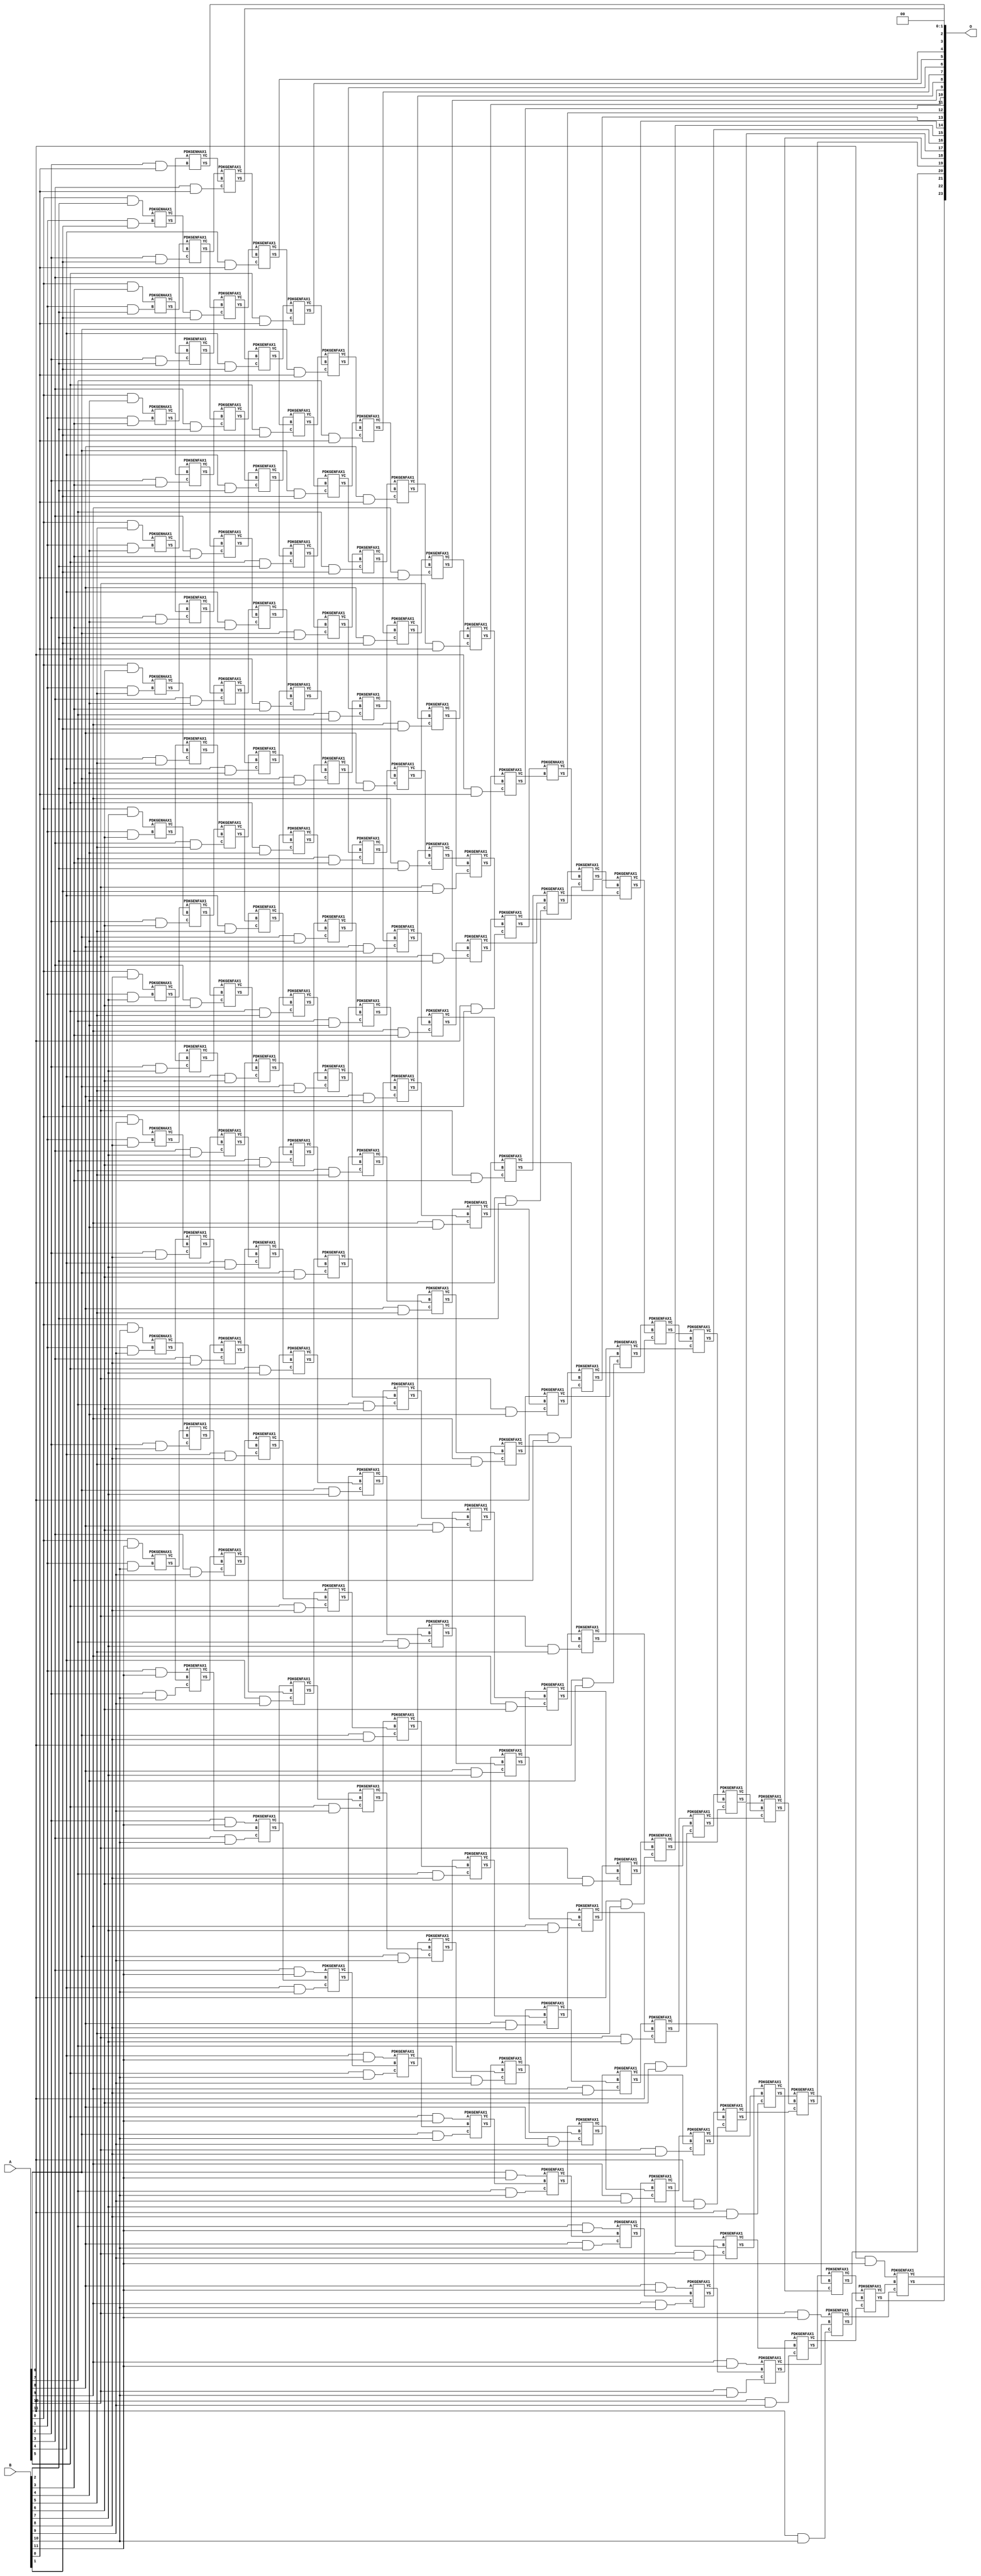
// This program was cloned from: https://github.com/ehw-fit/evoapproxlib
// License: MIT License

/***
* This code is a part of EvoApproxLib library (ehw.fit.vutbr.cz/approxlib) distributed under The MIT License.
* When used, please cite the following article(s): V. Mrazek, Z. Vasicek, L. Sekanina, H. Jiang and J. Han, "Scalable Construction of Approximate Multipliers With Formally Guaranteed Worst Case Error" in IEEE Transactions on Very Large Scale Integration (VLSI) Systems, vol. 26, no. 11, pp. 2572-2576, Nov. 2018. doi: 10.1109/TVLSI.2018.2856362 
* This file contains a circuit from a sub-set of pareto optimal circuits with respect to the pwr and mae parameters
***/
// MAE% = 0.0000075 %
// MAE = 1.2 
// WCE% = 0.00003 %
// WCE = 5.0 
// WCRE% = 100.00 %
// EP% = 50.00 %
// MRE% = 0.00062 %
// MSE = 3.8 
// PDK45_PWR = 1.152 mW
// PDK45_AREA = 1584.8 um2
// PDK45_DELAY = 2.28 ns


module mul12u_2EC ( A, B, O );
  input [11:0] A;
  input [11:0] B;
  output [23:0] O;

  wire C_10_0,C_10_1,C_10_10,C_10_2,C_10_3,C_10_4,C_10_5,C_10_6,C_10_7,C_10_8,C_10_9,C_11_0,C_11_1,C_11_10,C_11_2,C_11_3,C_11_4,C_11_5,C_11_6,C_11_7,C_11_8,C_11_9,C_12_0,C_12_1,C_12_10,C_12_2,C_12_3,C_12_4,C_12_5,C_12_6,C_12_7,C_12_8,C_12_9,C_1_1,C_1_10,C_1_2,C_1_3,C_1_4,C_1_5,C_1_6,C_1_7,C_1_8,C_1_9,C_2_0,C_2_1,C_2_10,C_2_2,C_2_3,C_2_4,C_2_5,C_2_6,C_2_7,C_2_8,C_2_9,C_3_0,C_3_1,C_3_10,C_3_2,C_3_3,C_3_4,C_3_5,C_3_6,C_3_7,C_3_8,C_3_9,C_4_0,C_4_1,C_4_10,C_4_2,C_4_3,C_4_4,C_4_5,C_4_6,C_4_7,C_4_8,C_4_9,C_5_0,C_5_1,C_5_10,C_5_2,C_5_3,C_5_4,C_5_5,C_5_6,C_5_7,C_5_8,C_5_9,C_6_0,C_6_1,C_6_10,C_6_2,C_6_3,C_6_4,C_6_5,C_6_6,C_6_7,C_6_8,C_6_9,C_7_0,C_7_1,C_7_10,C_7_2,C_7_3,C_7_4,C_7_5,C_7_6,C_7_7,C_7_8,C_7_9,C_8_0,C_8_1,C_8_10,C_8_2,C_8_3,C_8_4,C_8_5,C_8_6,C_8_7,C_8_8,C_8_9,C_9_0,C_9_1,C_9_10,C_9_2,C_9_3,C_9_4,C_9_5,C_9_6,C_9_7,C_9_8,C_9_9,S_0_10,S_0_11,S_0_2,S_0_3,S_0_4,S_0_5,S_0_6,S_0_7,S_0_8,S_0_9,S_10_0,S_10_1,S_10_10,S_10_11,S_10_2,S_10_3,S_10_4,S_10_5,S_10_6,S_10_7,S_10_8,S_10_9,S_11_0,S_11_1,S_11_10,S_11_11,S_11_2,S_11_3,S_11_4,S_11_5,S_11_6,S_11_7,S_11_8,S_11_9,S_12_0,S_12_1,S_12_10,S_12_11,S_12_2,S_12_3,S_12_4,S_12_5,S_12_6,S_12_7,S_12_8,S_12_9,S_1_1,S_1_10,S_1_11,S_1_2,S_1_3,S_1_4,S_1_5,S_1_6,S_1_7,S_1_8,S_1_9,S_2_0,S_2_1,S_2_10,S_2_11,S_2_2,S_2_3,S_2_4,S_2_5,S_2_6,S_2_7,S_2_8,S_2_9,S_3_0,S_3_1,S_3_10,S_3_11,S_3_2,S_3_3,S_3_4,S_3_5,S_3_6,S_3_7,S_3_8,S_3_9,S_4_0,S_4_1,S_4_10,S_4_11,S_4_2,S_4_3,S_4_4,S_4_5,S_4_6,S_4_7,S_4_8,S_4_9,S_5_0,S_5_1,S_5_10,S_5_11,S_5_2,S_5_3,S_5_4,S_5_5,S_5_6,S_5_7,S_5_8,S_5_9,S_6_0,S_6_1,S_6_10,S_6_11,S_6_2,S_6_3,S_6_4,S_6_5,S_6_6,S_6_7,S_6_8,S_6_9,S_7_0,S_7_1,S_7_10,S_7_11,S_7_2,S_7_3,S_7_4,S_7_5,S_7_6,S_7_7,S_7_8,S_7_9,S_8_0,S_8_1,S_8_10,S_8_11,S_8_2,S_8_3,S_8_4,S_8_5,S_8_6,S_8_7,S_8_8,S_8_9,S_9_0,S_9_1,S_9_10,S_9_11,S_9_2,S_9_3,S_9_4,S_9_5,S_9_6,S_9_7,S_9_8,S_9_9;

  assign S_0_2 = (A[0] & B[2]);
  assign S_0_3 = (A[0] & B[3]);
  assign S_0_4 = (A[0] & B[4]);
  assign S_0_5 = (A[0] & B[5]);
  assign S_0_6 = (A[0] & B[6]);
  assign S_0_7 = (A[0] & B[7]);
  assign S_0_8 = (A[0] & B[8]);
  assign S_0_9 = (A[0] & B[9]);
  assign S_0_10 = (A[0] & B[10]);
  assign S_0_11 = (A[0] & B[11]);
  PDKGENHAX1 U12734 (.A(S_0_2), .B((A[1] & B[1])), .YS(S_1_1), .YC(C_1_1));
  PDKGENHAX1 U12735 (.A(S_0_3), .B((A[1] & B[2])), .YS(S_1_2), .YC(C_1_2));
  PDKGENHAX1 U12736 (.A(S_0_4), .B((A[1] & B[3])), .YS(S_1_3), .YC(C_1_3));
  PDKGENHAX1 U12737 (.A(S_0_5), .B((A[1] & B[4])), .YS(S_1_4), .YC(C_1_4));
  PDKGENHAX1 U12738 (.A(S_0_6), .B((A[1] & B[5])), .YS(S_1_5), .YC(C_1_5));
  PDKGENHAX1 U12739 (.A(S_0_7), .B((A[1] & B[6])), .YS(S_1_6), .YC(C_1_6));
  PDKGENHAX1 U12740 (.A(S_0_8), .B((A[1] & B[7])), .YS(S_1_7), .YC(C_1_7));
  PDKGENHAX1 U12741 (.A(S_0_9), .B((A[1] & B[8])), .YS(S_1_8), .YC(C_1_8));
  PDKGENHAX1 U12742 (.A(S_0_10), .B((A[1] & B[9])), .YS(S_1_9), .YC(C_1_9));
  PDKGENHAX1 U12743 (.A(S_0_11), .B((A[1] & B[10])), .YS(S_1_10), .YC(C_1_10));
  assign S_1_11 = (A[1] & B[11]);
  PDKGENHAX1 U12745 (.A(S_1_1), .B((A[2] & B[0])), .YS(S_2_0), .YC(C_2_0));
  PDKGENFAX1 U12746 (.A(S_1_2), .B(C_1_1), .C((A[2] & B[1])), .YS(S_2_1), .YC(C_2_1));
  PDKGENFAX1 U12747 (.A(S_1_3), .B(C_1_2), .C((A[2] & B[2])), .YS(S_2_2), .YC(C_2_2));
  PDKGENFAX1 U12748 (.A(S_1_4), .B(C_1_3), .C((A[2] & B[3])), .YS(S_2_3), .YC(C_2_3));
  PDKGENFAX1 U12749 (.A(S_1_5), .B(C_1_4), .C((A[2] & B[4])), .YS(S_2_4), .YC(C_2_4));
  PDKGENFAX1 U12750 (.A(S_1_6), .B(C_1_5), .C((A[2] & B[5])), .YS(S_2_5), .YC(C_2_5));
  PDKGENFAX1 U12751 (.A(S_1_7), .B(C_1_6), .C((A[2] & B[6])), .YS(S_2_6), .YC(C_2_6));
  PDKGENFAX1 U12752 (.A(S_1_8), .B(C_1_7), .C((A[2] & B[7])), .YS(S_2_7), .YC(C_2_7));
  PDKGENFAX1 U12753 (.A(S_1_9), .B(C_1_8), .C((A[2] & B[8])), .YS(S_2_8), .YC(C_2_8));
  PDKGENFAX1 U12754 (.A(S_1_10), .B(C_1_9), .C((A[2] & B[9])), .YS(S_2_9), .YC(C_2_9));
  PDKGENFAX1 U12755 (.A(S_1_11), .B(C_1_10), .C((A[2] & B[10])), .YS(S_2_10), .YC(C_2_10));
  assign S_2_11 = (A[2] & B[11]);
  PDKGENFAX1 U12757 (.A(S_2_1), .B(C_2_0), .C((A[3] & B[0])), .YS(S_3_0), .YC(C_3_0));
  PDKGENFAX1 U12758 (.A(S_2_2), .B(C_2_1), .C((A[3] & B[1])), .YS(S_3_1), .YC(C_3_1));
  PDKGENFAX1 U12759 (.A(S_2_3), .B(C_2_2), .C((A[3] & B[2])), .YS(S_3_2), .YC(C_3_2));
  PDKGENFAX1 U12760 (.A(S_2_4), .B(C_2_3), .C((A[3] & B[3])), .YS(S_3_3), .YC(C_3_3));
  PDKGENFAX1 U12761 (.A(S_2_5), .B(C_2_4), .C((A[3] & B[4])), .YS(S_3_4), .YC(C_3_4));
  PDKGENFAX1 U12762 (.A(S_2_6), .B(C_2_5), .C((A[3] & B[5])), .YS(S_3_5), .YC(C_3_5));
  PDKGENFAX1 U12763 (.A(S_2_7), .B(C_2_6), .C((A[3] & B[6])), .YS(S_3_6), .YC(C_3_6));
  PDKGENFAX1 U12764 (.A(S_2_8), .B(C_2_7), .C((A[3] & B[7])), .YS(S_3_7), .YC(C_3_7));
  PDKGENFAX1 U12765 (.A(S_2_9), .B(C_2_8), .C((A[3] & B[8])), .YS(S_3_8), .YC(C_3_8));
  PDKGENFAX1 U12766 (.A(S_2_10), .B(C_2_9), .C((A[3] & B[9])), .YS(S_3_9), .YC(C_3_9));
  PDKGENFAX1 U12767 (.A(S_2_11), .B(C_2_10), .C((A[3] & B[10])), .YS(S_3_10), .YC(C_3_10));
  assign S_3_11 = (A[3] & B[11]);
  PDKGENFAX1 U12769 (.A(S_3_1), .B(C_3_0), .C((A[4] & B[0])), .YS(S_4_0), .YC(C_4_0));
  PDKGENFAX1 U12770 (.A(S_3_2), .B(C_3_1), .C((A[4] & B[1])), .YS(S_4_1), .YC(C_4_1));
  PDKGENFAX1 U12771 (.A(S_3_3), .B(C_3_2), .C((A[4] & B[2])), .YS(S_4_2), .YC(C_4_2));
  PDKGENFAX1 U12772 (.A(S_3_4), .B(C_3_3), .C((A[4] & B[3])), .YS(S_4_3), .YC(C_4_3));
  PDKGENFAX1 U12773 (.A(S_3_5), .B(C_3_4), .C((A[4] & B[4])), .YS(S_4_4), .YC(C_4_4));
  PDKGENFAX1 U12774 (.A(S_3_6), .B(C_3_5), .C((A[4] & B[5])), .YS(S_4_5), .YC(C_4_5));
  PDKGENFAX1 U12775 (.A(S_3_7), .B(C_3_6), .C((A[4] & B[6])), .YS(S_4_6), .YC(C_4_6));
  PDKGENFAX1 U12776 (.A(S_3_8), .B(C_3_7), .C((A[4] & B[7])), .YS(S_4_7), .YC(C_4_7));
  PDKGENFAX1 U12777 (.A(S_3_9), .B(C_3_8), .C((A[4] & B[8])), .YS(S_4_8), .YC(C_4_8));
  PDKGENFAX1 U12778 (.A(S_3_10), .B(C_3_9), .C((A[4] & B[9])), .YS(S_4_9), .YC(C_4_9));
  PDKGENFAX1 U12779 (.A(S_3_11), .B(C_3_10), .C((A[4] & B[10])), .YS(S_4_10), .YC(C_4_10));
  assign S_4_11 = (A[4] & B[11]);
  PDKGENFAX1 U12781 (.A(S_4_1), .B(C_4_0), .C((A[5] & B[0])), .YS(S_5_0), .YC(C_5_0));
  PDKGENFAX1 U12782 (.A(S_4_2), .B(C_4_1), .C((A[5] & B[1])), .YS(S_5_1), .YC(C_5_1));
  PDKGENFAX1 U12783 (.A(S_4_3), .B(C_4_2), .C((A[5] & B[2])), .YS(S_5_2), .YC(C_5_2));
  PDKGENFAX1 U12784 (.A(S_4_4), .B(C_4_3), .C((A[5] & B[3])), .YS(S_5_3), .YC(C_5_3));
  PDKGENFAX1 U12785 (.A(S_4_5), .B(C_4_4), .C((A[5] & B[4])), .YS(S_5_4), .YC(C_5_4));
  PDKGENFAX1 U12786 (.A(S_4_6), .B(C_4_5), .C((A[5] & B[5])), .YS(S_5_5), .YC(C_5_5));
  PDKGENFAX1 U12787 (.A(S_4_7), .B(C_4_6), .C((A[5] & B[6])), .YS(S_5_6), .YC(C_5_6));
  PDKGENFAX1 U12788 (.A(S_4_8), .B(C_4_7), .C((A[5] & B[7])), .YS(S_5_7), .YC(C_5_7));
  PDKGENFAX1 U12789 (.A(S_4_9), .B(C_4_8), .C((A[5] & B[8])), .YS(S_5_8), .YC(C_5_8));
  PDKGENFAX1 U12790 (.A(S_4_10), .B(C_4_9), .C((A[5] & B[9])), .YS(S_5_9), .YC(C_5_9));
  PDKGENFAX1 U12791 (.A(S_4_11), .B(C_4_10), .C((A[5] & B[10])), .YS(S_5_10), .YC(C_5_10));
  assign S_5_11 = (A[5] & B[11]);
  PDKGENFAX1 U12793 (.A(S_5_1), .B(C_5_0), .C((A[6] & B[0])), .YS(S_6_0), .YC(C_6_0));
  PDKGENFAX1 U12794 (.A(S_5_2), .B(C_5_1), .C((A[6] & B[1])), .YS(S_6_1), .YC(C_6_1));
  PDKGENFAX1 U12795 (.A(S_5_3), .B(C_5_2), .C((A[6] & B[2])), .YS(S_6_2), .YC(C_6_2));
  PDKGENFAX1 U12796 (.A(S_5_4), .B(C_5_3), .C((A[6] & B[3])), .YS(S_6_3), .YC(C_6_3));
  PDKGENFAX1 U12797 (.A(S_5_5), .B(C_5_4), .C((A[6] & B[4])), .YS(S_6_4), .YC(C_6_4));
  PDKGENFAX1 U12798 (.A(S_5_6), .B(C_5_5), .C((A[6] & B[5])), .YS(S_6_5), .YC(C_6_5));
  PDKGENFAX1 U12799 (.A(S_5_7), .B(C_5_6), .C((A[6] & B[6])), .YS(S_6_6), .YC(C_6_6));
  PDKGENFAX1 U12800 (.A(S_5_8), .B(C_5_7), .C((A[6] & B[7])), .YS(S_6_7), .YC(C_6_7));
  PDKGENFAX1 U12801 (.A(S_5_9), .B(C_5_8), .C((A[6] & B[8])), .YS(S_6_8), .YC(C_6_8));
  PDKGENFAX1 U12802 (.A(S_5_10), .B(C_5_9), .C((A[6] & B[9])), .YS(S_6_9), .YC(C_6_9));
  PDKGENFAX1 U12803 (.A(S_5_11), .B(C_5_10), .C((A[6] & B[10])), .YS(S_6_10), .YC(C_6_10));
  assign S_6_11 = (A[6] & B[11]);
  PDKGENFAX1 U12805 (.A(S_6_1), .B(C_6_0), .C((A[7] & B[0])), .YS(S_7_0), .YC(C_7_0));
  PDKGENFAX1 U12806 (.A(S_6_2), .B(C_6_1), .C((A[7] & B[1])), .YS(S_7_1), .YC(C_7_1));
  PDKGENFAX1 U12807 (.A(S_6_3), .B(C_6_2), .C((A[7] & B[2])), .YS(S_7_2), .YC(C_7_2));
  PDKGENFAX1 U12808 (.A(S_6_4), .B(C_6_3), .C((A[7] & B[3])), .YS(S_7_3), .YC(C_7_3));
  PDKGENFAX1 U12809 (.A(S_6_5), .B(C_6_4), .C((A[7] & B[4])), .YS(S_7_4), .YC(C_7_4));
  PDKGENFAX1 U12810 (.A(S_6_6), .B(C_6_5), .C((A[7] & B[5])), .YS(S_7_5), .YC(C_7_5));
  PDKGENFAX1 U12811 (.A(S_6_7), .B(C_6_6), .C((A[7] & B[6])), .YS(S_7_6), .YC(C_7_6));
  PDKGENFAX1 U12812 (.A(S_6_8), .B(C_6_7), .C((A[7] & B[7])), .YS(S_7_7), .YC(C_7_7));
  PDKGENFAX1 U12813 (.A(S_6_9), .B(C_6_8), .C((A[7] & B[8])), .YS(S_7_8), .YC(C_7_8));
  PDKGENFAX1 U12814 (.A(S_6_10), .B(C_6_9), .C((A[7] & B[9])), .YS(S_7_9), .YC(C_7_9));
  PDKGENFAX1 U12815 (.A(S_6_11), .B(C_6_10), .C((A[7] & B[10])), .YS(S_7_10), .YC(C_7_10));
  assign S_7_11 = (A[7] & B[11]);
  PDKGENFAX1 U12817 (.A(S_7_1), .B(C_7_0), .C((A[8] & B[0])), .YS(S_8_0), .YC(C_8_0));
  PDKGENFAX1 U12818 (.A(S_7_2), .B(C_7_1), .C((A[8] & B[1])), .YS(S_8_1), .YC(C_8_1));
  PDKGENFAX1 U12819 (.A(S_7_3), .B(C_7_2), .C((A[8] & B[2])), .YS(S_8_2), .YC(C_8_2));
  PDKGENFAX1 U12820 (.A(S_7_4), .B(C_7_3), .C((A[8] & B[3])), .YS(S_8_3), .YC(C_8_3));
  PDKGENFAX1 U12821 (.A(S_7_5), .B(C_7_4), .C((A[8] & B[4])), .YS(S_8_4), .YC(C_8_4));
  PDKGENFAX1 U12822 (.A(S_7_6), .B(C_7_5), .C((A[8] & B[5])), .YS(S_8_5), .YC(C_8_5));
  PDKGENFAX1 U12823 (.A(S_7_7), .B(C_7_6), .C((A[8] & B[6])), .YS(S_8_6), .YC(C_8_6));
  PDKGENFAX1 U12824 (.A(S_7_8), .B(C_7_7), .C((A[8] & B[7])), .YS(S_8_7), .YC(C_8_7));
  PDKGENFAX1 U12825 (.A(S_7_9), .B(C_7_8), .C((A[8] & B[8])), .YS(S_8_8), .YC(C_8_8));
  PDKGENFAX1 U12826 (.A(S_7_10), .B(C_7_9), .C((A[8] & B[9])), .YS(S_8_9), .YC(C_8_9));
  PDKGENFAX1 U12827 (.A(S_7_11), .B(C_7_10), .C((A[8] & B[10])), .YS(S_8_10), .YC(C_8_10));
  assign S_8_11 = (A[8] & B[11]);
  PDKGENFAX1 U12829 (.A(S_8_1), .B(C_8_0), .C((A[9] & B[0])), .YS(S_9_0), .YC(C_9_0));
  PDKGENFAX1 U12830 (.A(S_8_2), .B(C_8_1), .C((A[9] & B[1])), .YS(S_9_1), .YC(C_9_1));
  PDKGENFAX1 U12831 (.A(S_8_3), .B(C_8_2), .C((A[9] & B[2])), .YS(S_9_2), .YC(C_9_2));
  PDKGENFAX1 U12832 (.A(S_8_4), .B(C_8_3), .C((A[9] & B[3])), .YS(S_9_3), .YC(C_9_3));
  PDKGENFAX1 U12833 (.A(S_8_5), .B(C_8_4), .C((A[9] & B[4])), .YS(S_9_4), .YC(C_9_4));
  PDKGENFAX1 U12834 (.A(S_8_6), .B(C_8_5), .C((A[9] & B[5])), .YS(S_9_5), .YC(C_9_5));
  PDKGENFAX1 U12835 (.A(S_8_7), .B(C_8_6), .C((A[9] & B[6])), .YS(S_9_6), .YC(C_9_6));
  PDKGENFAX1 U12836 (.A(S_8_8), .B(C_8_7), .C((A[9] & B[7])), .YS(S_9_7), .YC(C_9_7));
  PDKGENFAX1 U12837 (.A(S_8_9), .B(C_8_8), .C((A[9] & B[8])), .YS(S_9_8), .YC(C_9_8));
  PDKGENFAX1 U12838 (.A(S_8_10), .B(C_8_9), .C((A[9] & B[9])), .YS(S_9_9), .YC(C_9_9));
  PDKGENFAX1 U12839 (.A(S_8_11), .B(C_8_10), .C((A[9] & B[10])), .YS(S_9_10), .YC(C_9_10));
  assign S_9_11 = (A[9] & B[11]);
  PDKGENFAX1 U12841 (.A(S_9_1), .B(C_9_0), .C((A[10] & B[0])), .YS(S_10_0), .YC(C_10_0));
  PDKGENFAX1 U12842 (.A(S_9_2), .B(C_9_1), .C((A[10] & B[1])), .YS(S_10_1), .YC(C_10_1));
  PDKGENFAX1 U12843 (.A(S_9_3), .B(C_9_2), .C((A[10] & B[2])), .YS(S_10_2), .YC(C_10_2));
  PDKGENFAX1 U12844 (.A(S_9_4), .B(C_9_3), .C((A[10] & B[3])), .YS(S_10_3), .YC(C_10_3));
  PDKGENFAX1 U12845 (.A(S_9_5), .B(C_9_4), .C((A[10] & B[4])), .YS(S_10_4), .YC(C_10_4));
  PDKGENFAX1 U12846 (.A(S_9_6), .B(C_9_5), .C((A[10] & B[5])), .YS(S_10_5), .YC(C_10_5));
  PDKGENFAX1 U12847 (.A(S_9_7), .B(C_9_6), .C((A[10] & B[6])), .YS(S_10_6), .YC(C_10_6));
  PDKGENFAX1 U12848 (.A(S_9_8), .B(C_9_7), .C((A[10] & B[7])), .YS(S_10_7), .YC(C_10_7));
  PDKGENFAX1 U12849 (.A(S_9_9), .B(C_9_8), .C((A[10] & B[8])), .YS(S_10_8), .YC(C_10_8));
  PDKGENFAX1 U12850 (.A(S_9_10), .B(C_9_9), .C((A[10] & B[9])), .YS(S_10_9), .YC(C_10_9));
  PDKGENFAX1 U12851 (.A(S_9_11), .B(C_9_10), .C((A[10] & B[10])), .YS(S_10_10), .YC(C_10_10));
  assign S_10_11 = (A[10] & B[11]);
  PDKGENFAX1 U12853 (.A(S_10_1), .B(C_10_0), .C((A[11] & B[0])), .YS(S_11_0), .YC(C_11_0));
  PDKGENFAX1 U12854 (.A(S_10_2), .B(C_10_1), .C((A[11] & B[1])), .YS(S_11_1), .YC(C_11_1));
  PDKGENFAX1 U12855 (.A(S_10_3), .B(C_10_2), .C((A[11] & B[2])), .YS(S_11_2), .YC(C_11_2));
  PDKGENFAX1 U12856 (.A(S_10_4), .B(C_10_3), .C((A[11] & B[3])), .YS(S_11_3), .YC(C_11_3));
  PDKGENFAX1 U12857 (.A(S_10_5), .B(C_10_4), .C((A[11] & B[4])), .YS(S_11_4), .YC(C_11_4));
  PDKGENFAX1 U12858 (.A(S_10_6), .B(C_10_5), .C((A[11] & B[5])), .YS(S_11_5), .YC(C_11_5));
  PDKGENFAX1 U12859 (.A(S_10_7), .B(C_10_6), .C((A[11] & B[6])), .YS(S_11_6), .YC(C_11_6));
  PDKGENFAX1 U12860 (.A(S_10_8), .B(C_10_7), .C((A[11] & B[7])), .YS(S_11_7), .YC(C_11_7));
  PDKGENFAX1 U12861 (.A(S_10_9), .B(C_10_8), .C((A[11] & B[8])), .YS(S_11_8), .YC(C_11_8));
  PDKGENFAX1 U12862 (.A(S_10_10), .B(C_10_9), .C((A[11] & B[9])), .YS(S_11_9), .YC(C_11_9));
  PDKGENFAX1 U12863 (.A(S_10_11), .B(C_10_10), .C((A[11] & B[10])), .YS(S_11_10), .YC(C_11_10));
  assign S_11_11 = (A[11] & B[11]);
  PDKGENHAX1 U12865 (.A(S_11_1), .B(C_11_0), .YS(S_12_0), .YC(C_12_0));
  PDKGENFAX1 U12866 (.A(S_11_2), .B(C_12_0), .C(C_11_1), .YS(S_12_1), .YC(C_12_1));
  PDKGENFAX1 U12867 (.A(S_11_3), .B(C_12_1), .C(C_11_2), .YS(S_12_2), .YC(C_12_2));
  PDKGENFAX1 U12868 (.A(S_11_4), .B(C_12_2), .C(C_11_3), .YS(S_12_3), .YC(C_12_3));
  PDKGENFAX1 U12869 (.A(S_11_5), .B(C_12_3), .C(C_11_4), .YS(S_12_4), .YC(C_12_4));
  PDKGENFAX1 U12870 (.A(S_11_6), .B(C_12_4), .C(C_11_5), .YS(S_12_5), .YC(C_12_5));
  PDKGENFAX1 U12871 (.A(S_11_7), .B(C_12_5), .C(C_11_6), .YS(S_12_6), .YC(C_12_6));
  PDKGENFAX1 U12872 (.A(S_11_8), .B(C_12_6), .C(C_11_7), .YS(S_12_7), .YC(C_12_7));
  PDKGENFAX1 U12873 (.A(S_11_9), .B(C_12_7), .C(C_11_8), .YS(S_12_8), .YC(C_12_8));
  PDKGENFAX1 U12874 (.A(S_11_10), .B(C_12_8), .C(C_11_9), .YS(S_12_9), .YC(C_12_9));
  PDKGENFAX1 U12875 (.A(S_11_11), .B(C_12_9), .C(C_11_10), .YS(S_12_10), .YC(C_12_10));
  assign S_12_11 = C_12_10;
  assign O = {S_12_11,S_12_10,S_12_9,S_12_8,S_12_7,S_12_6,S_12_5,S_12_4,S_12_3,S_12_2,S_12_1,S_12_0,S_11_0,S_10_0,S_9_0,S_8_0,S_7_0,S_6_0,S_5_0,S_4_0,S_3_0,S_2_0,1'b0,1'b0};

endmodule

/* mod */
module PDKGENHAX1( input A, input B, output YS, output YC );
    assign YS = A ^ B;
    assign YC = A & B;
endmodule
/* mod */
module PDKGENFAX1( input A, input B, input C, output YS, output YC );
    assign YS = (A ^ B) ^ C;
    assign YC = (A & B) | (B & C) | (A & C);
endmodule